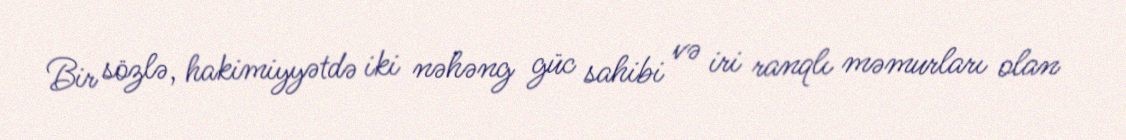
Bir sözlə, hakimiyyətdə iki nəhəng güc sahibi və iri ranqlı məmurları olan